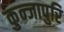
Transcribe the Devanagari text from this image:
कुन्जापुरि